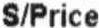
S/PRICE